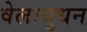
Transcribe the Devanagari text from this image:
वेलायुधन